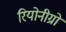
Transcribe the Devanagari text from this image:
रियोनीग्रो